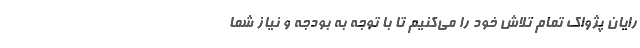
رایان پژواک تمام تلاش خود را می‌کنیم تا با توجه به بودجه و نیاز شما